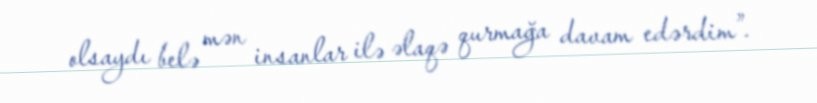
olsaydı belə mən insanlar ilə əlaqə qurmağa davam edərdim”.